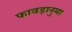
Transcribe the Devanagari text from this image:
फावड़ानुमा